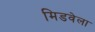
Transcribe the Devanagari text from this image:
मिडवेला